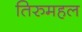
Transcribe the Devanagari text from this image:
तिरुमहल